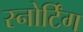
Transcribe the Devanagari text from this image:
स्नोर्टिंग